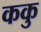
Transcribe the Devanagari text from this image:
ककु